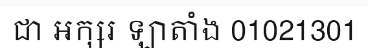
ជា អក្សរ ឡាតាំង 01021301